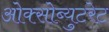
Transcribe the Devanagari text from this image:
ओक्सोब्युटरेट